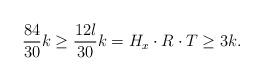
LaTeX: \begin{align*}\frac{84}{30} k \ge \frac{12 l}{30} k = H_x \cdot R \cdot T \ge 3 k.\end{align*}